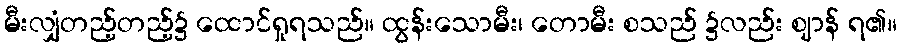
မီးလျှံတည့်တည့်၌ ထောင်ရှုရသည်။ ထွန်းသောမီး၊ တောမီး စသည် ၌လည်း ဈာန် ရ၏။